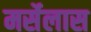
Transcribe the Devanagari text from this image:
मर्सेलास